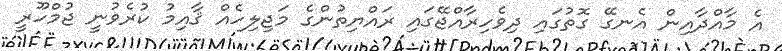
އެ މާއްދާއިން އެނގޭ ގޮތުގައި ދިވެހިރާއްޖޭގައި ރައްޔިތުންގެ މަޖިލިހެއް ޤާއިމު ކުރެވުނީ ޖުމްހޫރީ